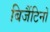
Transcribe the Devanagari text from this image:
बिजैंटिनों